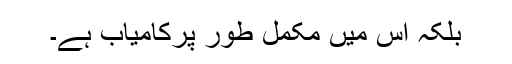
بلکہ اس میں مکمل طور پرکامیاب ہے۔